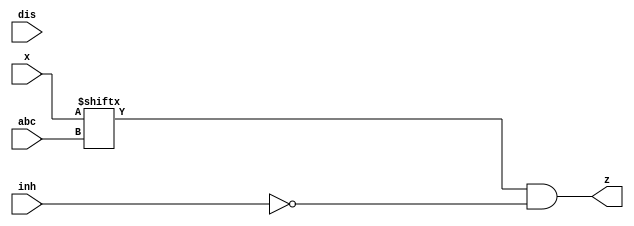
//mc14512 8 channel data selector
//This is used as an input.
module mc14512(x, z, abc, inh, dis);
  input [7:0]x; //inputs to be selected for reading
  output z; //output data
  input [2:0]abc; //address of input(x) to be read
  input inh; //force all Xn to 0;
  input dis; //tristate xn. Not implemented
  
  //damn. Thougt that'd work. Might need to try combinatorial syntax.
  assign z = x[abc] & (~inh); 
 
  //assign z = dis? 'bz : (x[abc] & (~ inh)); //nope.
  //I'll believe it when I see it in action.
          
  
endmodule